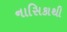
નાસિકાથી